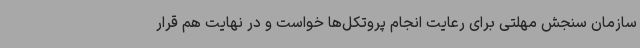
سازمان سنجش مهلتی برای رعایت انجام پروتکل‌ها خواست و در نهایت هم قرار